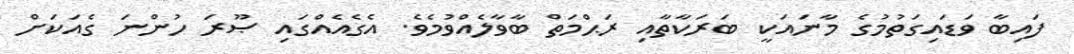
ފައިބާ ވަޑައިގަތުމުގެ މާނައަކީ ބަރަކާތާއި ރަޙްމަތް ބާވާލެއްވުމެވެ. އެގެއެއްގައި ޞޫރަ ހުންނަ ގެއަކަށް